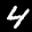
Label: 4